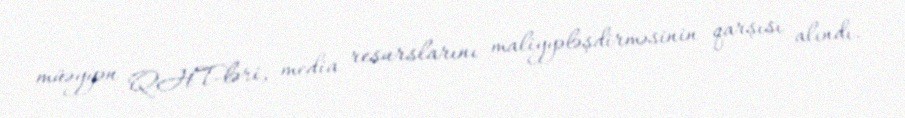
müəyyən QHT-ləri, media resurslarını maliyyələşdirməsinin qarşısı alındı.